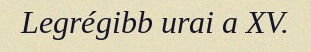
Legrégibb urai a XV.